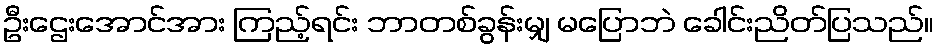
ဦးဌေးအောင်အား ကြည့်ရင်း ဘာတစ်ခွန်းမျှ မပြောဘဲ ခေါင်းညိတ်ပြသည်။